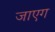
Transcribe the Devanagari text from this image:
जाएग